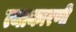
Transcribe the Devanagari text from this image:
त्याकारणी